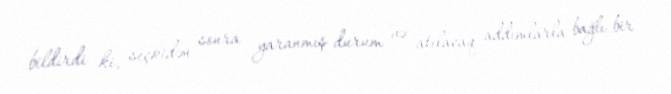
bildirdi ki, seçkidən sonra yaranmış durum və atılacaq addımlarla bağlı bir